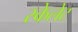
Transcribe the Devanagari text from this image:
स्केलेट